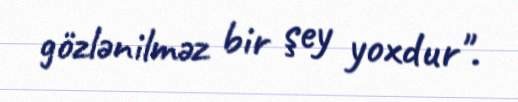
gözlənilməz bir şey yoxdur".